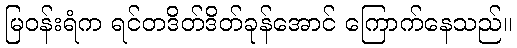
မြဝန်းရံက ရင်တဒိတ်ဒိတ်ခုန်အောင် ကြောက်နေသည်။